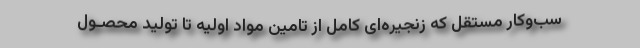
سب‌وکار مستقل که زنجیره‌ای کامل از تامین مواد اولیه تا تولید محصـول